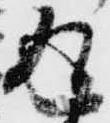
返